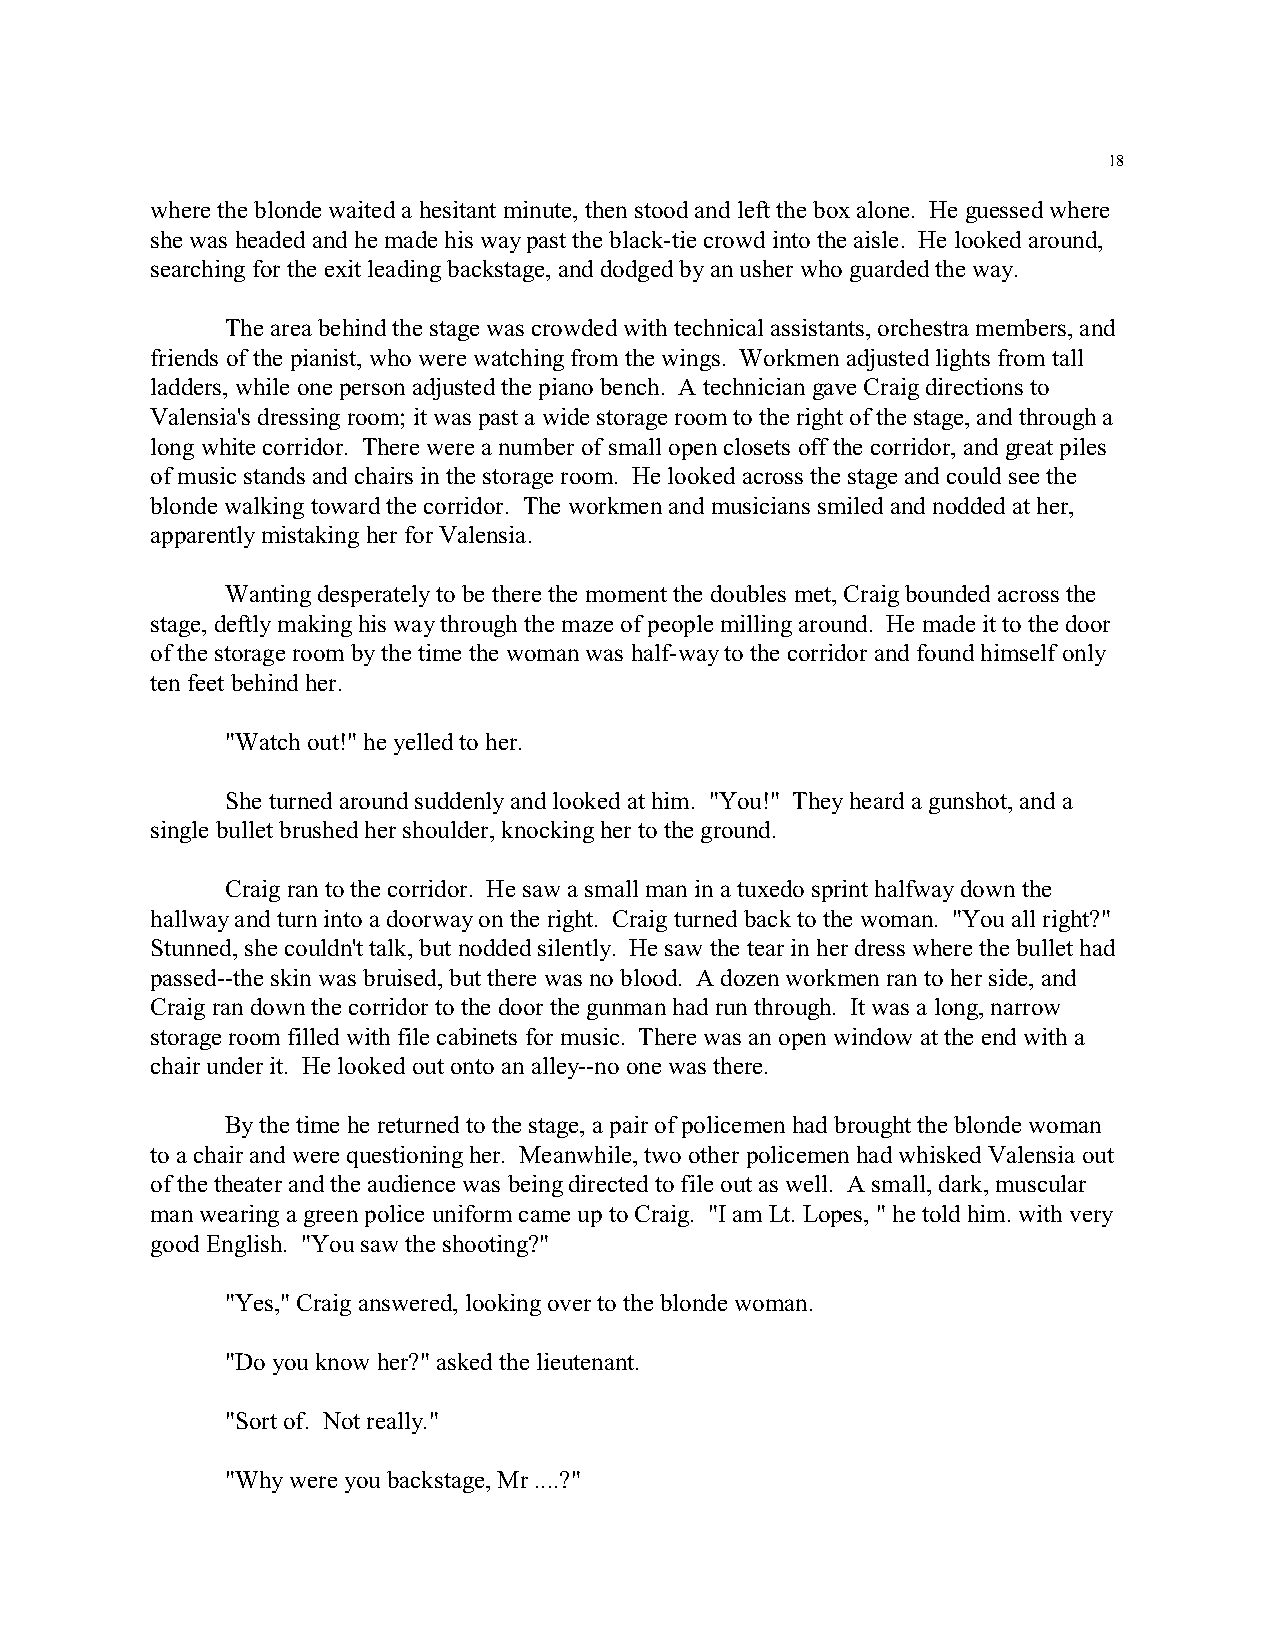
18
 where the blonde waited a hesitant minute, then stood and left the box alone. He guessed where
 she was headed and he made his way past the black-tie crowd into the aisle. He looked around,
 searching for the exit leading backstage, and dodged by an usher who guarded the way.
 The area behind the stage was crowded with technical assistants, orchestra members, and
 friends of the pianist, who were watching from the wings. Workmen adjusted lights from tall
 ladders, while one person adjusted the piano bench. A technician gave Craig directions to
 Valensia's dressing room; it was past a wide storage room to the right of the stage, and through a
 long white corridor. There were a number of small open closets off the corridor, and great piles
 of music stands and chairs in the storage room. He looked across the stage and could see the
 blonde walking toward the corridor. The workmen and musicians smiled and nodded at her,
 apparently mistaking her for Valensia.
 Wanting desperately to be there the moment the doubles met, Craig bounded across the
 stage, deftly making his way through the maze of people milling around. He made it to the door
 of the storage room by the time the woman was half-way to the corridor and found himself only
 ten feet behind her.
 "Watch out!" he yelled to her.
 She turned around suddenly and looked at him. "You!" They heard a gunshot, and a
 single bullet brushed her shoulder, knocking her to the ground.
 Craig ran to the corridor. He saw a small man in a tuxedo sprint halfway down the
 hallway and turn into a doorway on the right. Craig turned back to the woman. "You all right?"
 Stunned, she couldn't talk, but nodded silently. He saw the tear in her dress where the bullet had
 passed--the skin was bruised, but there was no blood. A dozen workmen ran to her side, and
 Craig ran down the corridor to the door the gunman had run through. It was a long, narrow
 storage room filled with file cabinets for music. There was an open window at the end with a
 chair under it. He looked out onto an alley--no one was there.
 By the time he returned to the stage, a pair of policemen had brought the blonde woman
 to a chair and were questioning her. Meanwhile, two other policemen had whisked Valensia out
 of the theater and the audience was being directed to file out as well. A small, dark, muscular
 man wearing a green police uniform came up to Craig. "I am Lt. Lopes, " he told him. with very
 good English. "You saw the shooting?"
 "Yes," Craig answered, looking over to the blonde woman.
 "Do you know her?" asked the lieutenant.
 "Sort of. Not really."
 "Why were you backstage, Mr ....?"